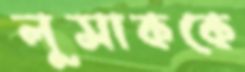
লুসাককে